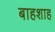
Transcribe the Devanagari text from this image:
बाहशाह